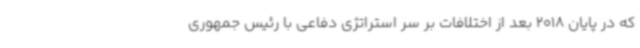
که در پایان 2018 بعد از اختلافات بر سر استراتژی دفاعی با رئیس جمهوری